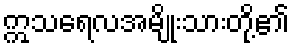
ဣသရေလအမျိုးသားတို့၏